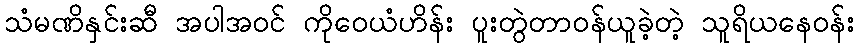
သံမဏိနှင်းဆီ အပါအဝင် ကိုဝေယံဟိန်း ပူးတွဲတာဝန်ယူခဲ့တဲ့ သူရိယနေဝန်း